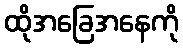
ထိုအခြေအနေကို